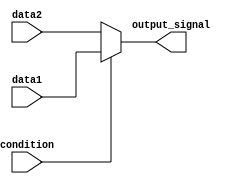
module conditional_assignment (
    input wire condition,        // Condition signal (single-bit)
    input wire [N-1:0] data1,   // First data input (N-bit wide)
    input wire [N-1:0] data2,   // Second data input (N-bit wide)
    output wire [N-1:0] output_signal // Output signal (N-bit wide)
);
    parameter N = 8; // You can change the width of the data signals as needed

    // Continuous assignment using the ternary operator
    assign output_signal = (condition) ? data1 : data2;

endmodule